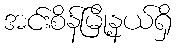
အင်းစိန်မြို့နယ်ရှိ